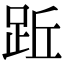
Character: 䟬